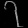
Digit: ၇